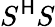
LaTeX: S^{\mathsf{H}}S